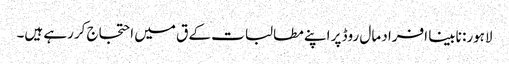
لاہور: نابینا افراد مال روڈ پر اپنے مطالبات کے ق میں احتجاج کررہے ہیں۔